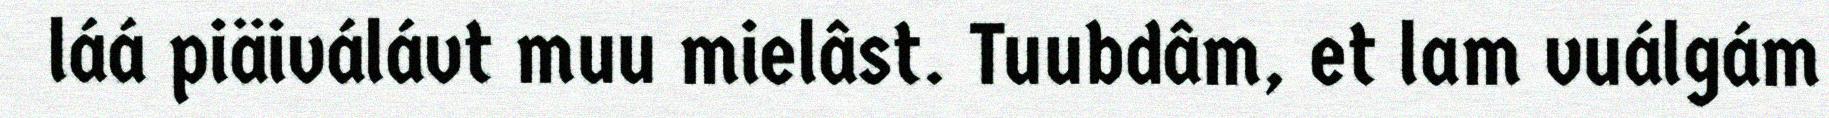
láá piäiválávt muu mielâst. Tuubdâm, et lam vuálgám